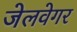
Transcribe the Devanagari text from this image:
जेलवेगर